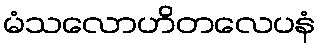
မံသလောဟိတလေပနံ